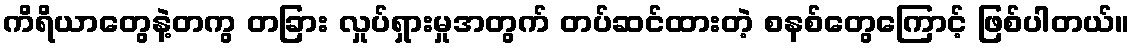
ကိရိယာတွေနဲ့တကွ တခြား လှုပ်ရှားမှုအတွက် တပ်ဆင်ထားတဲ့ စနစ်တွေကြောင့် ဖြစ်ပါတယ်။